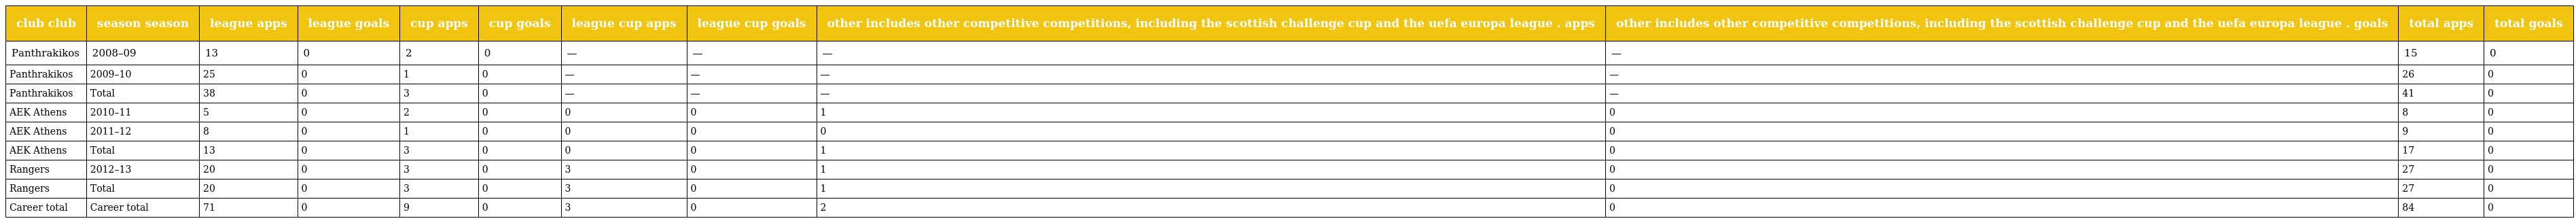
| club club | season season | league apps | league goals | cup apps | cup goals | league cup apps | league cup goals | other includes other competitive competitions, including the scottish challenge cup and the uefa europa league . apps | other includes other competitive competitions, including the scottish challenge cup and the uefa europa league . goals | total apps | total goals |
 | --- | --- | --- | --- | --- | --- | --- | --- | --- | --- | --- | --- |
 | Panthrakikos | 2008–09 | 13 | 0 | 2 | 0 | — | — | — | — | 15 | 0 |
 | Panthrakikos | 2009–10 | 25 | 0 | 1 | 0 | — | — | — | — | 26 | 0 |
 | Panthrakikos | Total | 38 | 0 | 3 | 0 | — | — | — | — | 41 | 0 |
 | AEK Athens | 2010–11 | 5 | 0 | 2 | 0 | 0 | 0 | 1 | 0 | 8 | 0 |
 | AEK Athens | 2011–12 | 8 | 0 | 1 | 0 | 0 | 0 | 0 | 0 | 9 | 0 |
 | AEK Athens | Total | 13 | 0 | 3 | 0 | 0 | 0 | 1 | 0 | 17 | 0 |
 | Rangers | 2012–13 | 20 | 0 | 3 | 0 | 3 | 0 | 1 | 0 | 27 | 0 |
 | Rangers | Total | 20 | 0 | 3 | 0 | 3 | 0 | 1 | 0 | 27 | 0 |
 | Career total | Career total | 71 | 0 | 9 | 0 | 3 | 0 | 2 | 0 | 84 | 0 |